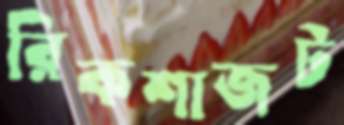
রিকশাজট